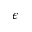
\epsilon